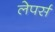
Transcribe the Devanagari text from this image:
लेपर्स